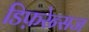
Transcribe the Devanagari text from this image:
डिफ़रेन्सज